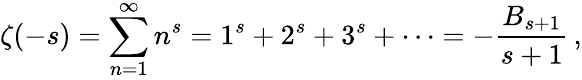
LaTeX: \zeta(-s)=\sum_{n=1}^{\infty}n^{s}=1^{s}+2^{s}+3^{s}+\cdots=-{\frac{B_{s+1}}{s+1}}\, ,